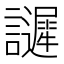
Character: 𧭟